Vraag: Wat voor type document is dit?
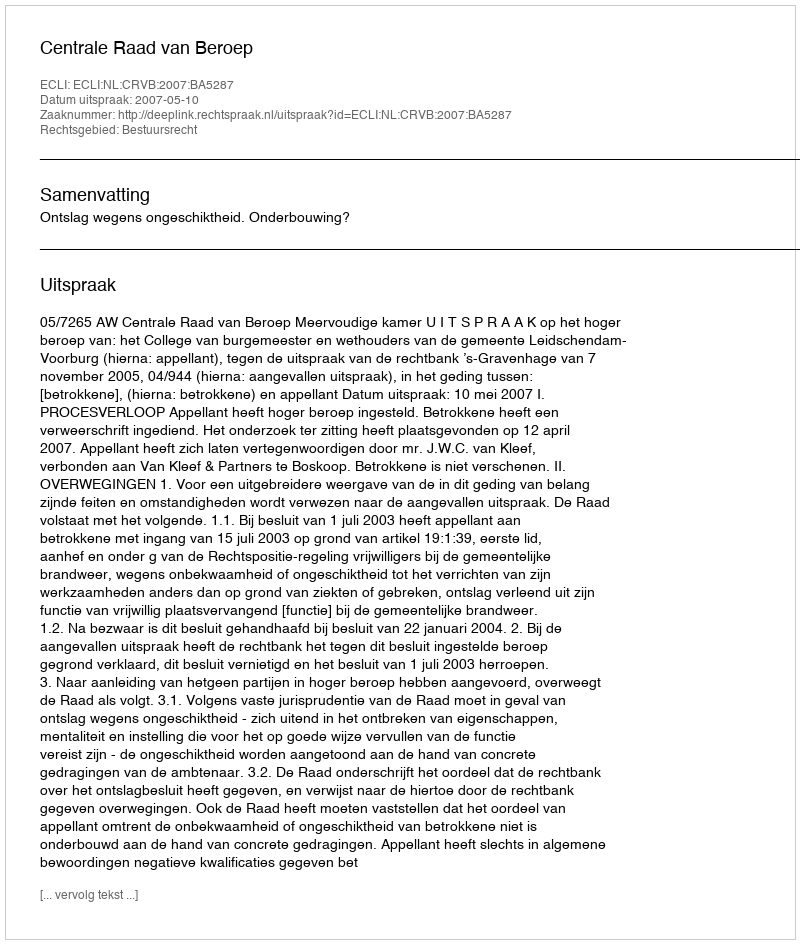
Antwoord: Uitspraak